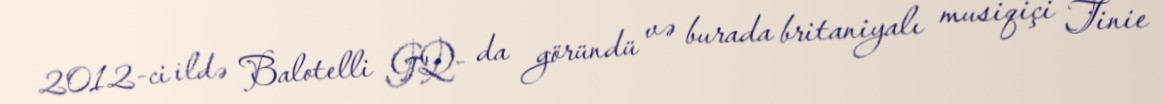
2012-ci ildə Balotelli GQ- da göründü və burada britaniyalı musiqiçi Tinie